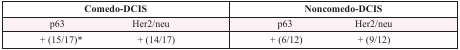
| <COLSPAN=2> Comedo-DCIS | <COLSPAN=2> Noncomedo-DCIS |
 | --- | --- | --- | --- |
 | p63 | Her2/neu | p63 | Her2/neu |
 | + (15/17)* | + (14/17) | + (6/12) | + (9/12) |